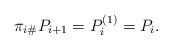
LaTeX: \begin{align*} \pi_{i\#}P_{i+1}=P_i^{(1)}=P_i. \end{align*}